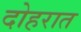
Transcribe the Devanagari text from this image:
दोहरात